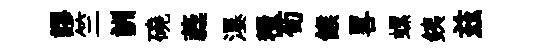
謬竺詶磽蕤瀑糧荀餱畧螺銕兹